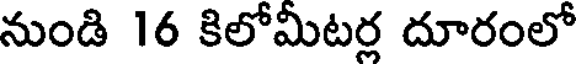
నుండి 16 కిలోమీటర్ల దూరంలో